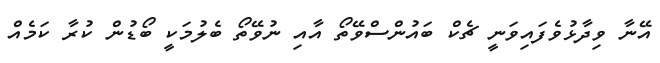
އޭނާ ވިދާޅުވެފައިވަނީ ޗެކް ބައުންސްވޭތޯ އާއި ނުވޭތޯ ބެލުމަކީ ބޯޑުން ކުރާ ކަމެއް